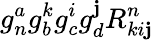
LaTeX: g_{n}^{a}g_{b}^{k}g_{c}^{i}g_{d}^{\mathbf{j}}R_{ki\mathbf{j}}^{n}